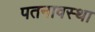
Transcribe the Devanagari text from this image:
पतनावस्था